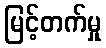
မြင့်တက်မှု